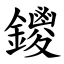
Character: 鑁